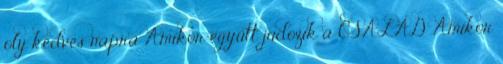
oly kedves napra Amikor együtt judozik a CSALÁD Amikor